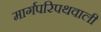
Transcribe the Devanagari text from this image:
मार्गपरिपथवाली